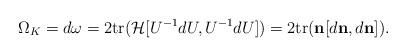
LaTeX: \begin{align*}\Omega_K = d\omega = 2{\rm tr}({\cal H}[U^{-1}dU,U^{-1}dU]) = 2{\rm tr}({\bf n} [d{\bf n},d{\bf n}]). \end{align*}